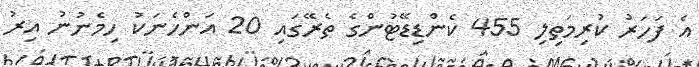
އެ ފަހަރު ކުރިމަތިލި 455 ކެންޑިޑޭޓުންގެ ތެރޭގައި 20 އަންހެނަކު ހިމެނުނު އިރު